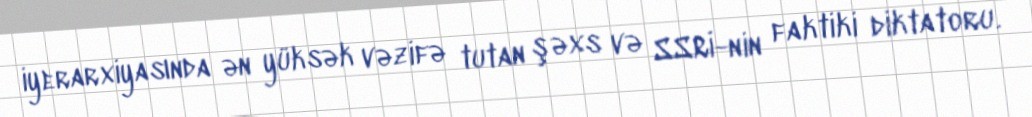
iyerarxiyasında ən yüksək vəzifə tutan şəxs və SSRİ-nin faktiki diktatoru.